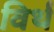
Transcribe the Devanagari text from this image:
विर्थ